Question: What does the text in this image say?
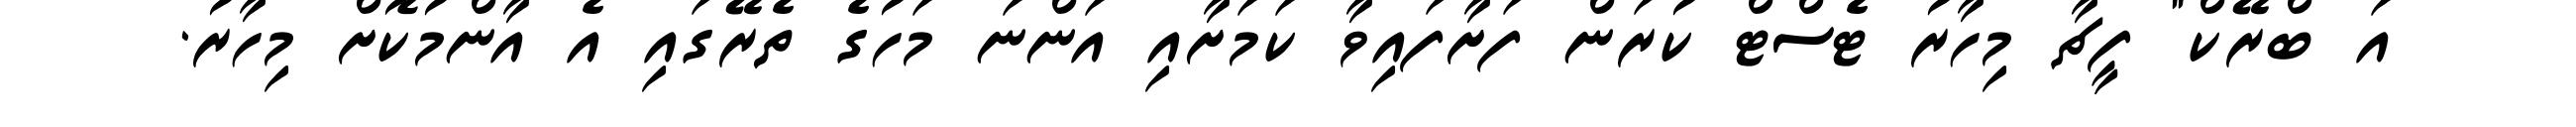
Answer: އަ ބްރޭކް" ފީޗާ މިހާރު ޓެސްޓް ކުރަން ފަށާފައިވާ ކަމަށާއި އަންނަ މަހުގެ ތެރޭގައި އެ އާންމުކޮށް މިހާރު.